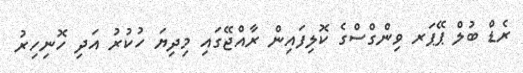
ރެޑް ބުލް ޕޭޕަރ ވިންގްސްގެ ކޮލިފައިން ރާއްޖޭގައި މިދިޔަ ހުކުރު އަދި ހޮނިހިރު